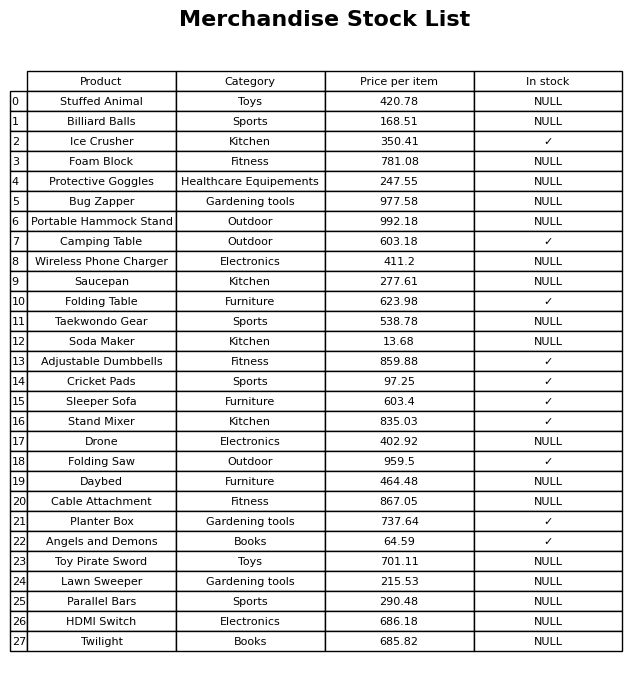
question: Which products are currently out of stock?
answer: Stuffed Animal, Billiard Balls, Foam Block, Protective Goggles, Bug Zapper, Portable Hammock Stand, Wireless Phone Charger, Saucepan, Taekwondo Gear, Soda Maker, Drone, Daybed, Cable Attachment, Toy Pirate Sword, Lawn Sweeper, Parallel Bars, HDMI Switch, Twilight